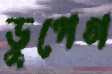
ডুপেগ